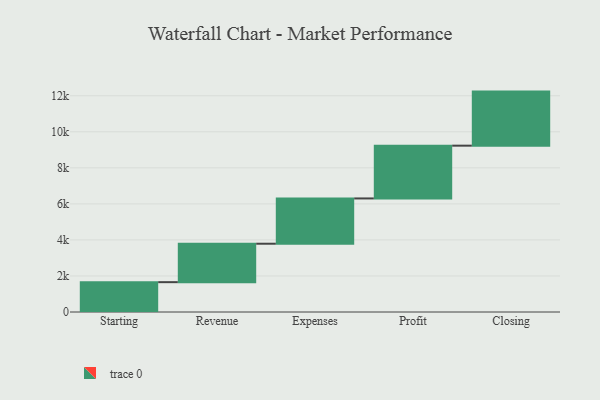
{"axis": {"x": "Step", "y": "Value"}, "legend": [""], "data": [{"x": "Starting", "y": 1656.0, "type": ""}, {"x": "Revenue", "y": 2133.0, "type": ""}, {"x": "Expenses", "y": 2513.0, "type": ""}, {"x": "Profit", "y": 2929.0, "type": ""}, {"x": "Closing", "y": 3000, "type": ""}]}